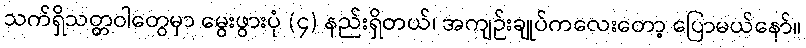
သက်ရှိသတ္တဝါတွေမှာ မွေးဖွားပုံ (၄) နည်းရှိတယ်၊ အကျဉ်းချုပ်ကလေးတော့ ပြောမယ်နော်။